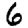
Digit: 6